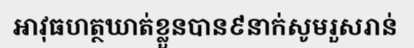
អាវុធហត្ថឃាត់ខ្លួនបាន៩នាក់សូមរួសរាន់